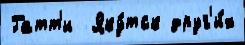
Гатт'и  Яку́тск друг'и́х